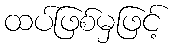
ထပ်ဖြစ်မှဖြင့်